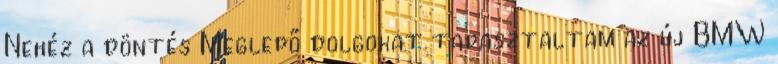
Nehéz a döntés Meglepő dolgokat tapasztaltam az új BMW